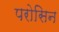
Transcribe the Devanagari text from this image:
परोसिन